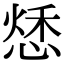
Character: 𢝲